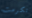
تكرمت